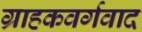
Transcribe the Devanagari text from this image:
ग्राहकवर्गवाद